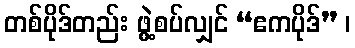
တစ်ပိုဒ်တည်း ဖွဲ့စပ်လျှင် “ဧကပိုဒ်” ၊